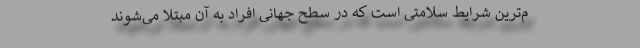
م‌ترین شرایط سلامتی است که در سطح جهانی افراد به آن مبتلا می‌شوند